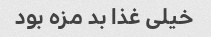
خیلی غذا بد مزه بود